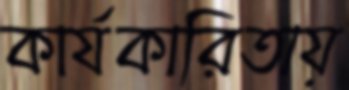
কার্যকারিতায়